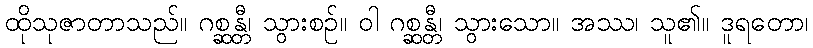
ထိုသုဇာတာသည်။ ဂစ္ဆန္တီ၊ သွားစဉ်။ ဝါ ဂစ္ဆန္တီ၊ သွားသော။ အဿ၊ သူ၏။ ဒူရတော၊